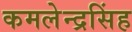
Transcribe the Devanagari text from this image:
कमलेन्द्रसिंह